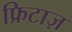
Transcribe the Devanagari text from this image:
फ्रिटाज़